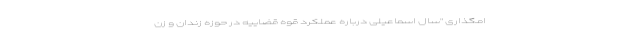
امگذاری "سال اسماعیلی درباره عملکرد قوه قضاییه در حوزه زندان و زن